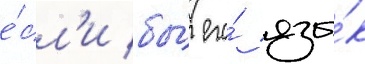
е́сл'и бы́ его́ язы́к